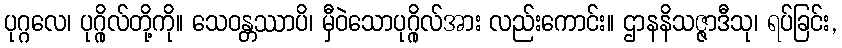
ပုဂ္ဂလေ၊ ပုဂ္ဂိုလ်တို့ကို။ သေဝန္တဿာပိ၊ မှီဝဲသောပုဂ္ဂိုလ်အား လည်းကောင်း။ ဌာနနိသဇ္ဇာဒီသု၊ ရပ်ခြင်း,